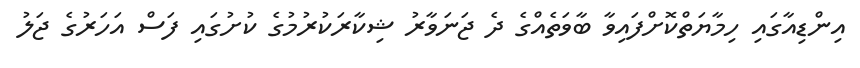
އިންޑިއާގައި ހިމާޔަތްކޮށްފައިވާ ބާވަތެއްގެ ދެ ޖަނަވާރު ޝިކާރަކުރުމުގެ ކުށުގައި ފަސް އަހަރުގެ ޖަލު